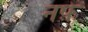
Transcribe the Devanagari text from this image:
नफे़